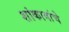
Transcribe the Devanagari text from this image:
शांकावांचे